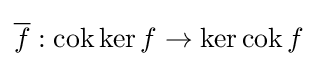
{\overline {f}}:\operatorname {cok} \ker f\to \ker \operatorname {cok} f